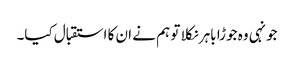
جونہی وہ جوڑا باہر نکلا تو ہم نے ان کا استقبال کیا۔